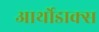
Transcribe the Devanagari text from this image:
आर्थोडाक्स